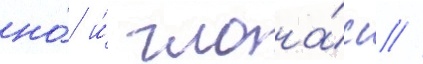
но́ и́ глона́сс //